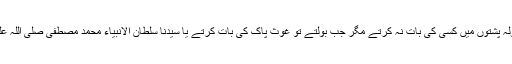
حضور قدوۃ الاولیاء اپنی سولہ پشتوں میں کسی کی بات نہ کرتے مگر جب بولتے تو غوث پاک کی بات کرتے یا سیدنا سلطان الانبیاء محمد مصطفیٰ صلی اللہ علیہ وآلہ وسلم کی بات کرتے۔